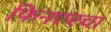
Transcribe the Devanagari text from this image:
फिनएरचा